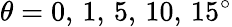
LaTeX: \theta=0,\, 1,\, 5,\, 10,\, 15^{\circ}